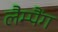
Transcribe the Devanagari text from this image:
लैम्पैंग